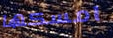
امسكها